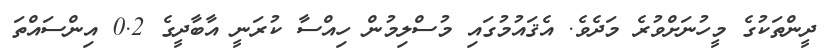
ދީންތަކުގެ މީހުނަށްވުރެ މަދެވެ. އެޤައުމުގައި މުސްލިމުން ހިއްސާ ކުރަނީ އާބާދީގެ 0.2 އިންސައްތަ